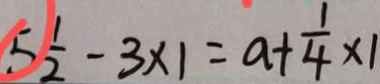
5 \frac { 1 } { 2 } - 3 \times 1 = a + \frac { 1 } { 4 } \times 1